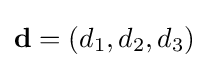
\mathbf {d} =(d_{1},d_{2},d_{3})